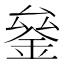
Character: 𰼫